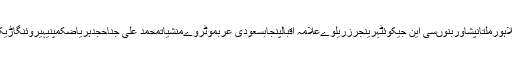
کراچیپاکستانلاہورملتانپشاوربنوںسی این جیکوئٹہرینجرزریلوےعلامہ اقبالپنجابسعودی عربموٹروےمنشیاتمحمد علی جناحجدہریاضکمپنیہیروئنگاڑیکارسعودیاٹلی